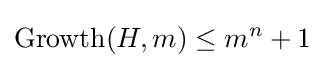
\operatorname {Growth} (H,m)\leq m^{n}+1